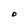
Character: O